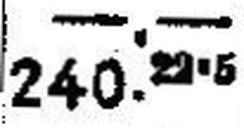
240 22 5